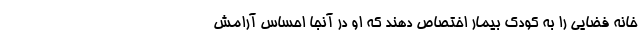
خانه فضایی را به کودک بیمار اختصاص دهند که او در آنجا احساس آرامش